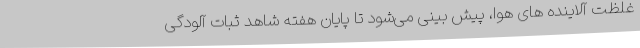
غلظت آلاینده های هوا، پیش بینی می‌شود تا پایان هفته شاهد ثبات آلودگی